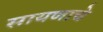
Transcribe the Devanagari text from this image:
सायणाचे